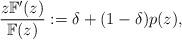
LaTeX: \begin{align*}\frac{z\mathbb{F}^{\prime }(z)}{\mathbb{F}(z)}:=\delta +(1-\delta )p(z),\end{align*}